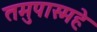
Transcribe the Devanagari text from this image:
तमुपास्महे